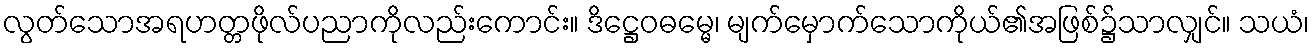
လွတ်သောအရဟတ္တဖိုလ်ပညာကိုလည်းကောင်း။ ဒိဋ္ဌေဝဓမ္မေ၊ မျက်မှောက်သောကိုယ်၏အဖြစ်၌သာလျှင်။ သယံ၊